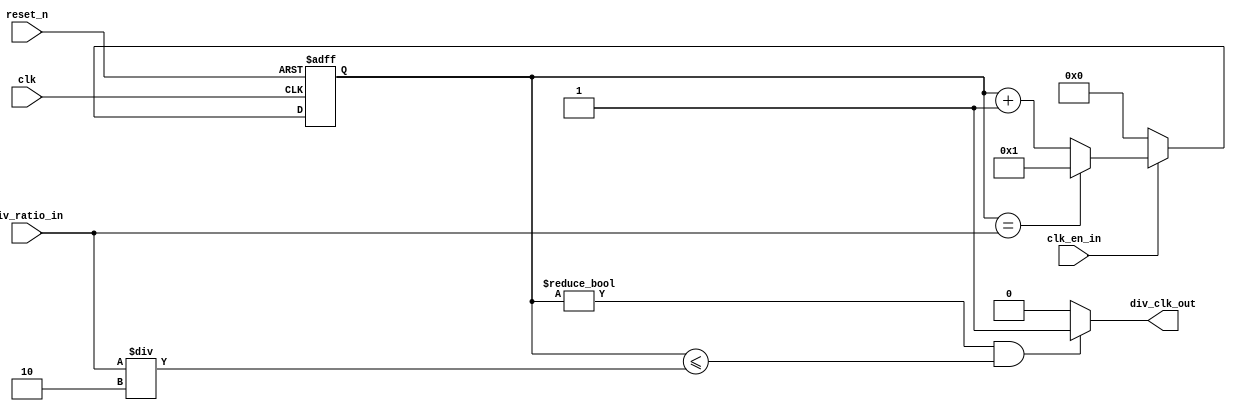
module clk_divider #(parameter WIDTH=5)
(
	input clk,
	input reset_n,
	input clk_en_in,
	input [WIDTH-1:0] div_ratio_in,
	output wire div_clk_out
);

reg [WIDTH-1:0] count;

always @(posedge clk or negedge reset_n) begin : proc_count
	if(~reset_n) begin
		count <= 0;
	end else if(!clk_en_in) begin
		count <= 0;
	end
	else if(clk_en_in)
	begin
		count <= count + 1;
		if(count == div_ratio_in)
			count <= 'd1;
	end
end

assign div_clk_out = (count != 'd0 && (count <= div_ratio_in/2))? 1'b1 : 0;

endmodule